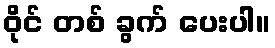
ဝိုင် တစ် ခွက် ပေးပါ။